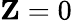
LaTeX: \mathbf{Z}=0